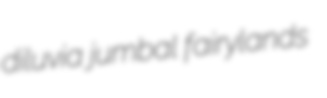
diluvia jumbal fairylands